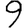
Digit: 9